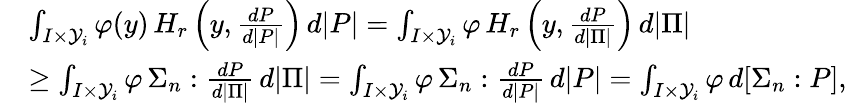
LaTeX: \begin{array}{rl}&{\int_{I\times\mathcal{Y}_{i}}\varphi(y)\, H_{r}\left(y,\frac{dP}{d|P|}\right)\, d|P|=\int_{I\times\mathcal{Y}_{i}}\varphi\, H_{r}\left(y,\frac{dP}{d|\Pi|}\right)\, d|\Pi|}\\ &{\geq\int_{I\times\mathcal{Y}_{i}}\varphi\, \Sigma_{n}:\frac{dP}{d|\Pi|}\, d|\Pi|=\int_{I\times\mathcal{Y}_{i}}\varphi\, \Sigma_{n}:\frac{dP}{d|P|}\, d|P|=\int_{I\times\mathcal{Y}_{i}}\varphi\, d[\Sigma_{n}:P],}\end{array}